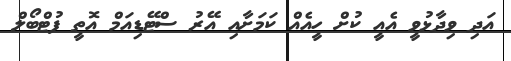
އަދި ވިދާޅުވީ އެއީ ކުށް ހީއެއް ކަމަށާއި އޭރު ސްޓޭޑިއަމް އޮތީ ފުޓްބޯލް